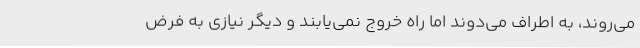
می‌روند، به اطراف می‌دوند اما راه خروج نمی‌یابند و دیگر نیازی به فرض